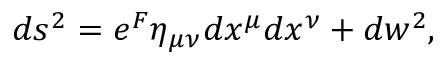
d s ^ { 2 } = e ^ { F } \eta _ { \mu \nu } d x ^ { \mu } d x ^ { \nu } + d w ^ { 2 } ,